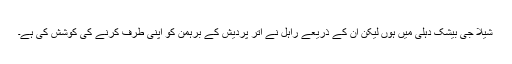
شیلا جی بیشک دہلی میں ہوں لیکن ان کے ذریعے راہل نے اتر پردیش کے برہمن کو اپنی طرف کرنے کی کوشش کی ہے۔